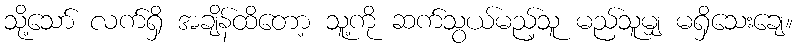
သို့သော် လက်ရှိ အချိန်ထိတော့ သူ့ကို ဆက်သွယ်မည့်သူ မည်သူမျှ မရှိသေးချေ။